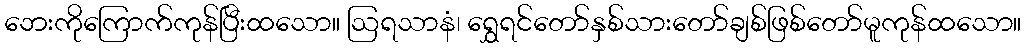
ဘေးကိုကြောက်ကုန်ပြီးထသော။ ဩရသာနံ၊ ရွှေရင်တော်နှစ်သားတော်ချစ်ဖြစ်တော်မူကုန်ထသော။